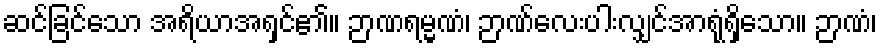
ဆင်ခြင်သော အရိယာအရှင်၏။ ဉာဏရမ္မဏံ၊ ဉာဏ်လေးပါးလျှင်အာရုံရှိသော။ ဉာဏံ၊